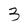
Character: 3